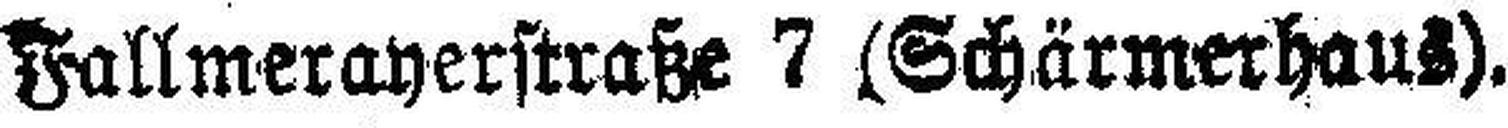
Fallmerayerftraße 7 (Schärmerhaus).